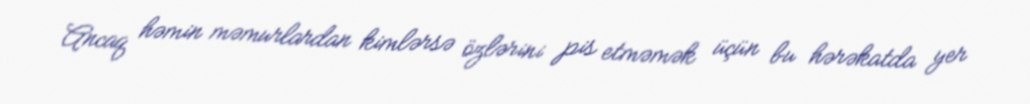
Ancaq həmin məmurlardan kimlərsə özlərini pis etməmək üçün bu hərəkatda yer